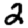
Digit: 2